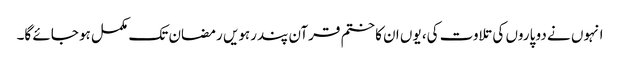
انہوں نے دو پاروں کی تلاوت کی، یوں ان کا ختم قرآن پندرہویں رمضان تک مکمل ہو جائے گا۔